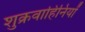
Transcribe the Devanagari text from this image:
शुक्रवाहिनियों